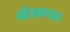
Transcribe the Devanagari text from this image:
बोलवण्यात